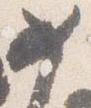
女